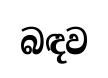
බඳව